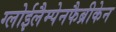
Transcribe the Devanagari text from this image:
ग्लोईलैम्पेनफैब्रीकेन